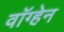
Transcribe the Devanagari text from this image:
वाॅग्हेन